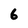
Character: 6